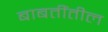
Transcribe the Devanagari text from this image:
बाबतींतील